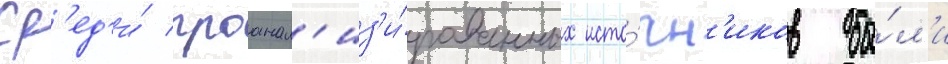
Ср'ед'и́ проанал'из'и́рованных исто́чн'иков бы́л'и